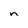
Character: n